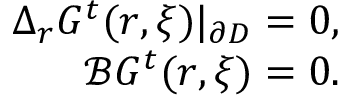
\begin{array} { r } { \Delta _ { \boldsymbol { r } } G ^ { t } ( \boldsymbol { r } , \boldsymbol { \xi } ) | _ { \partial D } = 0 , } \\ { \mathcal { B } G ^ { t } ( \boldsymbol { r } , \boldsymbol { \xi } ) = 0 . } \end{array}